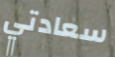
سعادتي